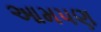
આમપણ